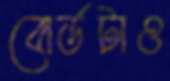
বোর্ডটাও